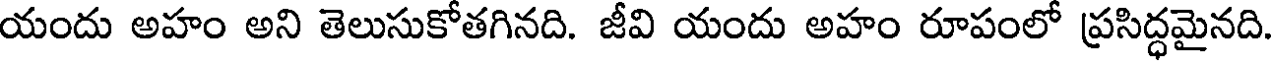
యందు అహం అని తెలుసుకోతగినది. జీవి యందు అహం రూపంలో ప్రసిద్ధమైనది.